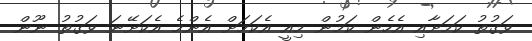
ވަގުތު ކަމަށާއި އެހެން ކަމުން މިއީ އެކަމަށް އެންމެ އެކަށޭނަ ވަގުތު ނޫން